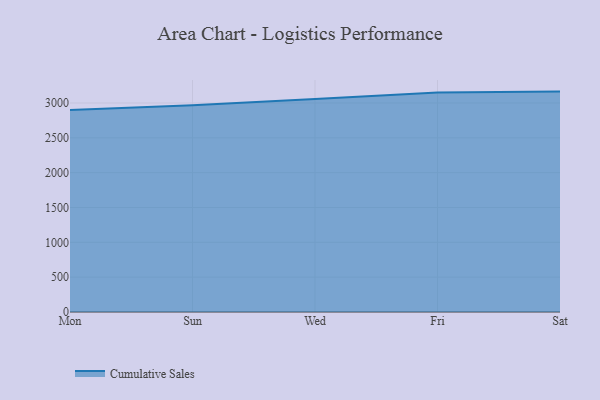
{"axis": {"x": "Day", "y": "Market Share (%)"}, "legend": ["Cumulative Sales"], "data": [{"x": "Mon", "y": 2900.3, "type": "Cumulative Sales"}, {"x": "Sun", "y": 2967.2, "type": "Cumulative Sales"}, {"x": "Wed", "y": 3059.0, "type": "Cumulative Sales"}, {"x": "Fri", "y": 3152.2, "type": "Cumulative Sales"}, {"x": "Sat", "y": 3163.6, "type": "Cumulative Sales"}]}